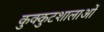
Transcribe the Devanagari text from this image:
कुक्कुटशालाओं